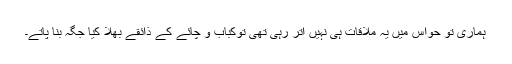
ہماری تو حواس میں یہ ملاقات ہی نہیں اتر رہی تھی توکباب و چائے کے ذائقے بھلا کیا جگہ بنا پاتے۔